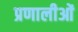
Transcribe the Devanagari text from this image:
प्रणालीओं